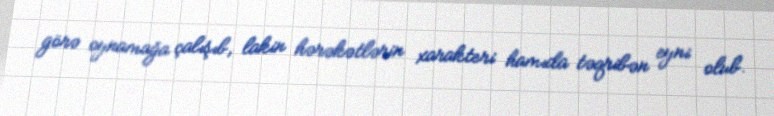
görə oynamağa çalışıb, lakin hərəkətlərin xarakteri hamıda təqribən eyni olub.